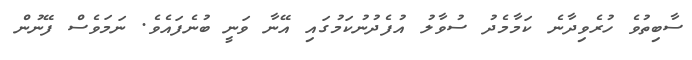
ސާބިތުވެ ހުރެވިދާނެ ކަމާމެދު ސުވާލު އުފެދުނުކަމުގައި އޭނާ ވަނީ ބުނެފައެވެ. ނަމަވެސް ފޭނުން